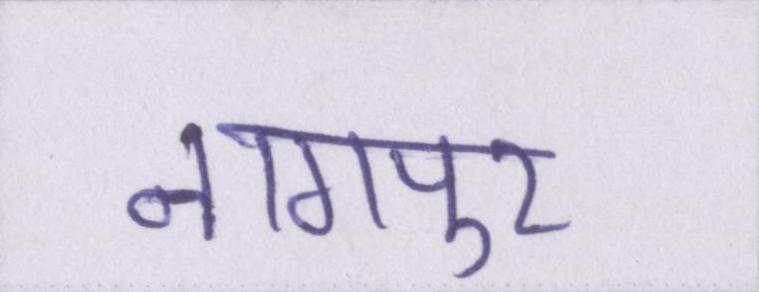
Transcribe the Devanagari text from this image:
नागपुर